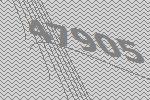
47905